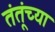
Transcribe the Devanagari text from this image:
तंतूंच्या